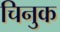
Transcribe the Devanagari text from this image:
चिनुक